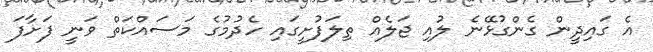
އެ ގައިދީން ގެންގުޅޭނެ ލުއި ޖަލެއް ތިލަފުށީގައި ހެދުމުގެ މަސައްކަތް ވަނީ ފަށާފަ